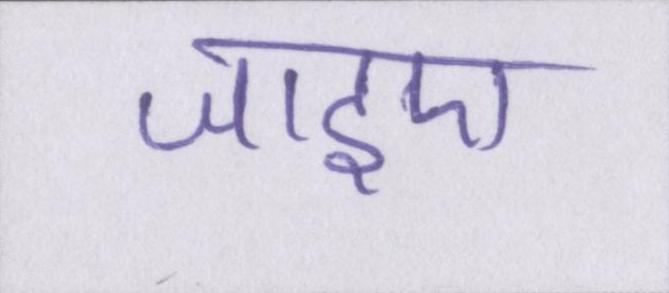
जाइए